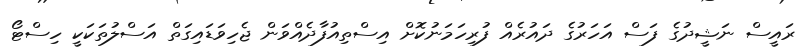
ރައީސް ނަޝީދުގެ ފަސް އަހަރުގެ ދައުރެއް ފުރިހަމަނުކޮށް އިސްތިއުފާދެއްވަން ޖެހިވަޑައިގަތް އަސްލުތަކަކީ ހިސްޓޯ